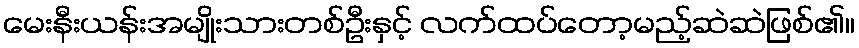
မေးနီးယန်းအမျိုးသားတစ်ဦးနှင့် လက်ထပ်တော့မည့်ဆဲဆဲဖြစ်၏။